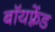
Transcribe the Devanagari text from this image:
बॉयफ़्रेंड